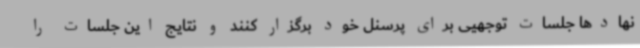
نهادها جلسات توجهیی برای پرسنل خود برگزار کنند و نتایج این جلسات را